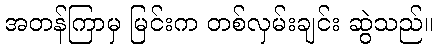
အတန်ကြာမှ မြင်းက တစ်လှမ်းချင်း ဆွဲသည်။